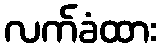
လက်ခံထား